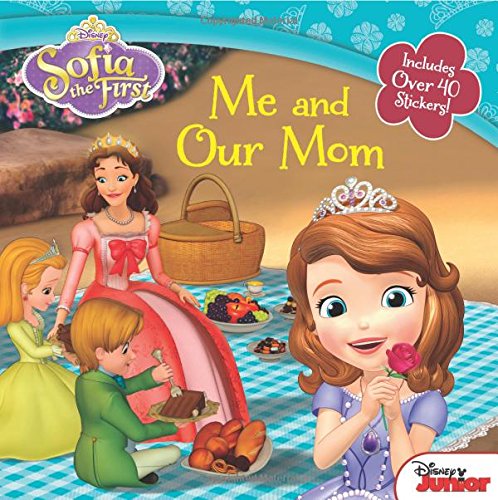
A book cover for Sofia the First Me and Our Mom; Disney Book Group; Children's Books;